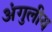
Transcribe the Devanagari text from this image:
अंगुलीय